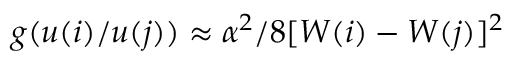
g ( u ( i ) / u ( j ) ) \approx \alpha ^ { 2 } / 8 [ W ( i ) - W ( j ) ] ^ { 2 }